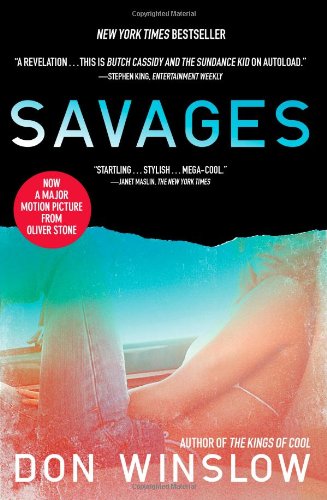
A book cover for Savages: A Novel; Don Winslow; Literature & Fiction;